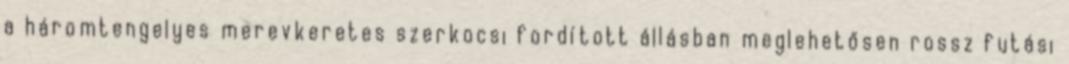
a háromtengelyes merevkeretes szerkocsi fordított állásban meglehetősen rossz futási